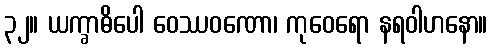
၃၂။ ယက္ခာဓိပေါ ဝေဿဝဏော၊ ကုဝေရော နရဝါဟနော။